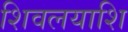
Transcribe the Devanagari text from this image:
शिवलयाशि